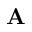
\mathbf { A }